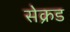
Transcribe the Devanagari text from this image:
सेक्रड